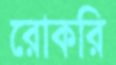
রোকরি